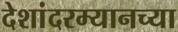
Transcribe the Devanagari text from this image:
देशांदरम्यानच्या